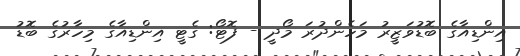
އިންޑިއާގެ ބޮޑުވަޒީރު މަހެންދުރަ މޯދީ - ފޮޓޯ: ގެޓީ އިންޑިއާގެ މިހާރުގެ ބޮޑު